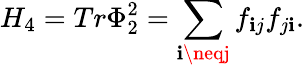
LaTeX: H_{4}=Tr\Phi_{2}^{2}=\sum_{\mathbf{i}\neqj}f_{\mathbf{i}j}f_{j\mathbf{i}}.